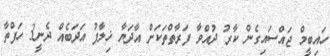
ހައިބީމް ޖައްސައިގެން ކާރު ދުއްވާ ފަރާތްތަކަށް އާދަޔާ ޚިލާފު އަދަބެއް ދެނީ3 ހަފްތާ